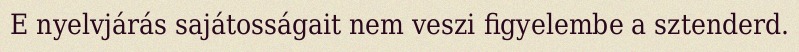
E nyelvjárás sajátosságait nem veszi figyelembe a sztenderd.